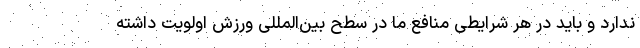
ندارد و باید در هر شرایطی منافع ما در سطح بین‌المللی ورزش اولویت داشته